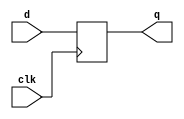
`timescale 1ns / 1ps
//////////////////////////////////////////////////////////////////////////////////
// Company: 
// Engineer: 
// 
// Design Name: 
// Module Name: dff
// Project Name: 
// Target Devices: 
// Tool Versions: 
// Description: 
// 
// Dependencies: 
// 
// Revision:
// Revision 0.01 - File Created
// Additional Comments:
// 
//////////////////////////////////////////////////////////////////////////////////


module dff(q, d, clk);

output q;
input d;
input clk;
reg q;

always @(posedge clk)
q=d;

endmodule